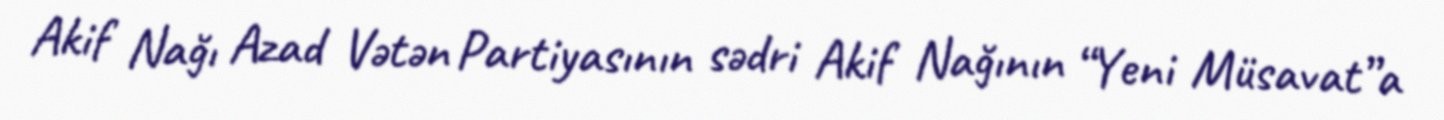
Akif Nağı Azad Vətən Partiyasının sədri Akif Nağının “Yeni Müsavat”a